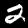
Digit: 2